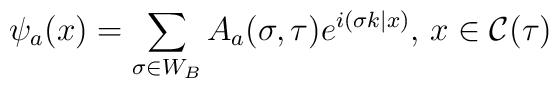
\psi_a (x)=\sum_{\sigma\in W_B}A_a(\sigma,\tau)e^{i(\sigma k|x)},\, x \in {\cal C}(\tau)